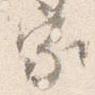
家